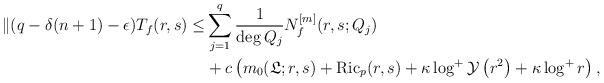
LaTeX: \begin{align*}\|(q-\delta(n+1)-\epsilon) T_{f}(r,s) \le&\sum_{j=1}^{q}\frac{1}{\deg Q_j}N_{f}^{[m]}(r,s;Q_{j}) \\&+c\left(m_0(\mathfrak{L};r, s)+{\rm Ric}_{p}(r,s)+\kappa\log^+ \mathcal{Y}\left(r^{2}\right)+\kappa\log^+r\right),\end{align*}